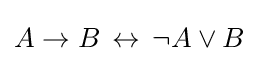
A\to B\,\leftrightarrow \,\neg A\lor B